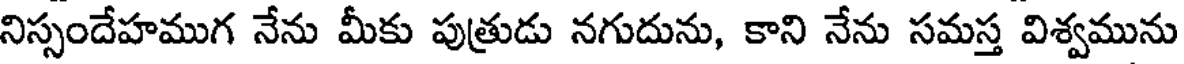
నిస్సందేహముగ నేను మీకు పుత్రుడు నగుదును, కాని నేను సమస్త విశ్వమును